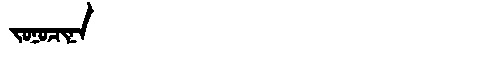
Manchu: ᠵᠣᠨᠣᠴᡳᠨᠠ
Romanization: JONOCINA